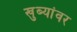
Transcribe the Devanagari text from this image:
खुब्यांवर